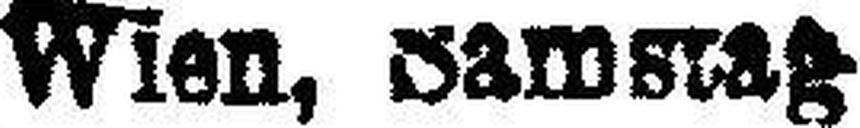
Wien, Samstag